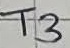
Text: T3